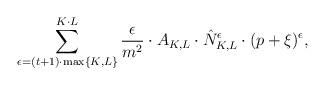
LaTeX: \begin{align*} \sum_{\epsilon=(t+1)\cdot \max \left\{K,L\right\}}^{K \cdot L} \frac{\epsilon}{m^2} \cdot A_{K,L} \cdot \hat{N}_{K,L}^{\epsilon} \cdot (p + \xi)^\epsilon ,\end{align*}